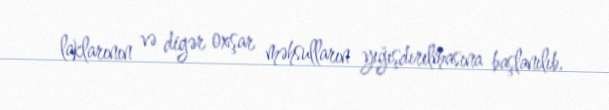
laklarının və digər oxşar məhsulların yığışdırılmasına başlanılıb.